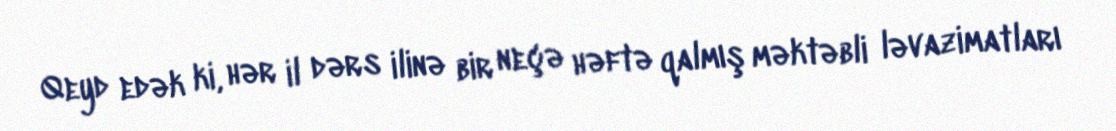
Qeyd edək ki, hər il dərs ilinə bir neçə həftə qalmış məktəbli ləvazimatları